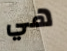
هي